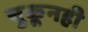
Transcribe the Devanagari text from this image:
चुकूनही